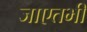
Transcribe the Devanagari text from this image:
जाएतभी